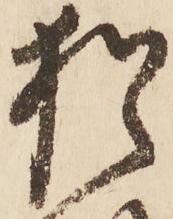
猶